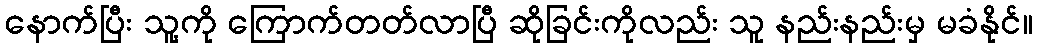
နောက်ပြီး သူ့ကို ကြောက်တတ်လာပြီ ဆိုခြင်းကိုလည်း သူ နည်းနည်းမှ မခံနိုင်။